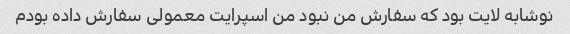
نوشابه لایت بود که سفارش من نبود من اسپرایت معمولی سفارش داده بودم